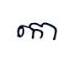
កោ